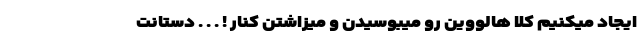
ایجاد میکنیم کلا هالووین رو میبوسیدن و میزاشتن کنار ! . . . دستانت